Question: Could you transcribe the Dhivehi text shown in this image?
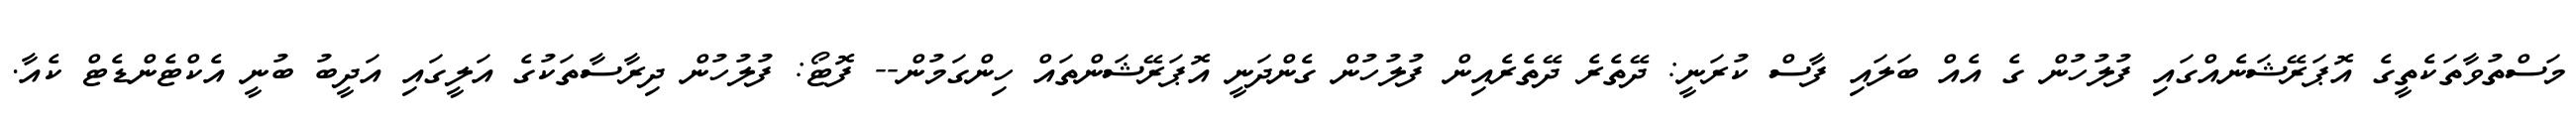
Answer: މަސްތުވާތަކެތީގެ އޮޕަރޭޝަނެއްގައި ފުލުހުން ގެ އެއް ބަލައި ފާސް ކުރަނީ: ދޭތެރެ ދޭތެރެއިން ފުލުހުން ގެންދަނީ އޮޕަރޭޝަންތައް ހިންގަމުން-- ފޮޓޯ: ފުލުހުން ދިރާސާތަކުގެ އަލީގައި އަދީބު ބުނީ އެކްޓެންޑެޓް ކެއާ.